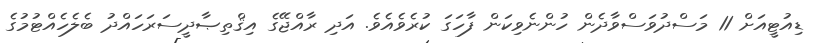
ޑިއުޓީއަށް 11 މަސްދުވަސްވާދެން ހުންނެވިކަން ފާހަގަ ކުރެވެއެވެ. އަދި ރާއްޖޭގެ އިޤްތިޞާދީސަރަހައްދު ބެލެހެއްޓުމުގެ